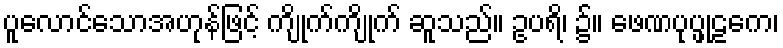
ပူလောင်သောအဟုန်ဖြင့် ကျိုက်ကျိုက် ဆူသည်။ ဥပရိ၊ ၌။ ဖေဏပုပ္ဖုဠကေ၊